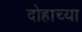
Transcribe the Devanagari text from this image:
दोहाच्या